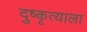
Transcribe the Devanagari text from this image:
दुष्कृत्याला